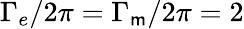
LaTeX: \Gamma_{e}/2\pi=\Gamma_{\mathsf{m}}/2\pi=2